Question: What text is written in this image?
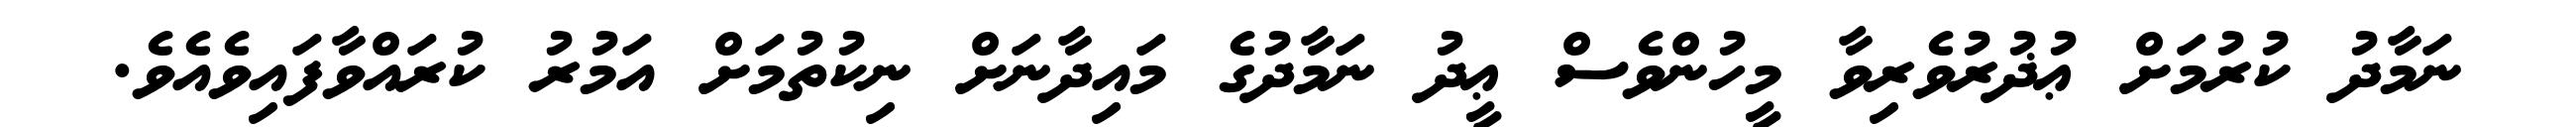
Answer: ނަމާދު ކުރުމަށް ޢުޛުރުވެރިވާ މީހުންވެސް ޢީދު ނަމާދުގެ މައިދާނަށް ނިކުތުމަށް އަމުރު ކުރައްވާފައިވެއެވެ.